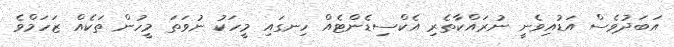
އަބަދުވެސް އަޑުއިވެނީ ނުރައްކާތެރި އެކްސިޑެންޓެއް ހިނގައި މީހަކު ނުވަތަ މީހުން ތަކެއް ޒަހަމްވެ